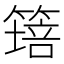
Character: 𱸝